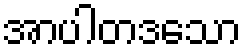
အာပါတဒသော